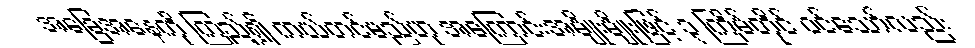
အခြေအနေကို ကြည့်၍ ကယ်တင်မည်ဟု အကြောင်းအမျိုးမျိုးဖြင့် ၃ ကြိမ်တိုင် ဝင်သော်လည်း